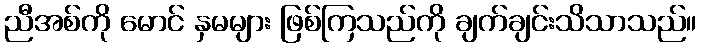
ညီအစ်ကို မောင် နှမများ ဖြစ်ကြသည်ကို ချက်ချင်းသိသာသည်။